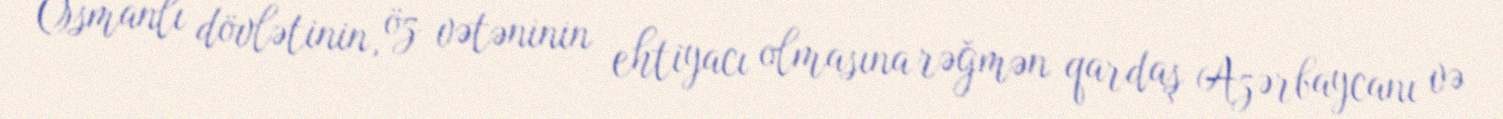
Osmanlı dövlətinin, öz vətəninin ehtiyacı olmasına rəğmən qardaş Azərbaycanı və